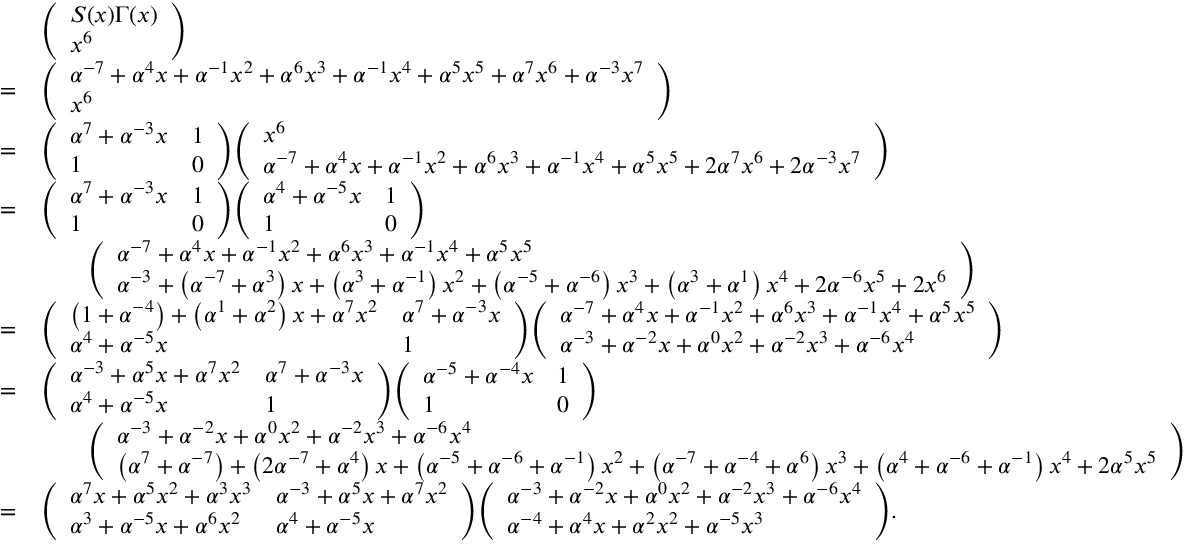
{ \begin{array} { r l } & { { \left( \begin{array} { l } { S ( x ) \Gamma ( x ) } \\ { x ^ { 6 } } \end{array} \right) } } \\ { = } & { { \left( \begin{array} { l } { \alpha ^ { - 7 } + \alpha ^ { 4 } x + \alpha ^ { - 1 } x ^ { 2 } + \alpha ^ { 6 } x ^ { 3 } + \alpha ^ { - 1 } x ^ { 4 } + \alpha ^ { 5 } x ^ { 5 } + \alpha ^ { 7 } x ^ { 6 } + \alpha ^ { - 3 } x ^ { 7 } } \\ { x ^ { 6 } } \end{array} \right) } } \\ { = } & { { \left( \begin{array} { l l } { \alpha ^ { 7 } + \alpha ^ { - 3 } x } & { 1 } \\ { 1 } & { 0 } \end{array} \right) } { \left( \begin{array} { l } { x ^ { 6 } } \\ { \alpha ^ { - 7 } + \alpha ^ { 4 } x + \alpha ^ { - 1 } x ^ { 2 } + \alpha ^ { 6 } x ^ { 3 } + \alpha ^ { - 1 } x ^ { 4 } + \alpha ^ { 5 } x ^ { 5 } + 2 \alpha ^ { 7 } x ^ { 6 } + 2 \alpha ^ { - 3 } x ^ { 7 } } \end{array} \right) } } \\ { = } & { { \left( \begin{array} { l l } { \alpha ^ { 7 } + \alpha ^ { - 3 } x } & { 1 } \\ { 1 } & { 0 } \end{array} \right) } { \left( \begin{array} { l l } { \alpha ^ { 4 } + \alpha ^ { - 5 } x } & { 1 } \\ { 1 } & { 0 } \end{array} \right) } } \\ & { \qquad { \left( \begin{array} { l } { \alpha ^ { - 7 } + \alpha ^ { 4 } x + \alpha ^ { - 1 } x ^ { 2 } + \alpha ^ { 6 } x ^ { 3 } + \alpha ^ { - 1 } x ^ { 4 } + \alpha ^ { 5 } x ^ { 5 } } \\ { \alpha ^ { - 3 } + \left( \alpha ^ { - 7 } + \alpha ^ { 3 } \right) x + \left( \alpha ^ { 3 } + \alpha ^ { - 1 } \right) x ^ { 2 } + \left( \alpha ^ { - 5 } + \alpha ^ { - 6 } \right) x ^ { 3 } + \left( \alpha ^ { 3 } + \alpha ^ { 1 } \right) x ^ { 4 } + 2 \alpha ^ { - 6 } x ^ { 5 } + 2 x ^ { 6 } } \end{array} \right) } } \\ { = } & { { \left( \begin{array} { l l } { \left( 1 + \alpha ^ { - 4 } \right) + \left( \alpha ^ { 1 } + \alpha ^ { 2 } \right) x + \alpha ^ { 7 } x ^ { 2 } } & { \alpha ^ { 7 } + \alpha ^ { - 3 } x } \\ { \alpha ^ { 4 } + \alpha ^ { - 5 } x } & { 1 } \end{array} \right) } { \left( \begin{array} { l } { \alpha ^ { - 7 } + \alpha ^ { 4 } x + \alpha ^ { - 1 } x ^ { 2 } + \alpha ^ { 6 } x ^ { 3 } + \alpha ^ { - 1 } x ^ { 4 } + \alpha ^ { 5 } x ^ { 5 } } \\ { \alpha ^ { - 3 } + \alpha ^ { - 2 } x + \alpha ^ { 0 } x ^ { 2 } + \alpha ^ { - 2 } x ^ { 3 } + \alpha ^ { - 6 } x ^ { 4 } } \end{array} \right) } } \\ { = } & { { \left( \begin{array} { l l } { \alpha ^ { - 3 } + \alpha ^ { 5 } x + \alpha ^ { 7 } x ^ { 2 } } & { \alpha ^ { 7 } + \alpha ^ { - 3 } x } \\ { \alpha ^ { 4 } + \alpha ^ { - 5 } x } & { 1 } \end{array} \right) } { \left( \begin{array} { l l } { \alpha ^ { - 5 } + \alpha ^ { - 4 } x } & { 1 } \\ { 1 } & { 0 } \end{array} \right) } } \\ & { \qquad { \left( \begin{array} { l } { \alpha ^ { - 3 } + \alpha ^ { - 2 } x + \alpha ^ { 0 } x ^ { 2 } + \alpha ^ { - 2 } x ^ { 3 } + \alpha ^ { - 6 } x ^ { 4 } } \\ { \left( \alpha ^ { 7 } + \alpha ^ { - 7 } \right) + \left( 2 \alpha ^ { - 7 } + \alpha ^ { 4 } \right) x + \left( \alpha ^ { - 5 } + \alpha ^ { - 6 } + \alpha ^ { - 1 } \right) x ^ { 2 } + \left( \alpha ^ { - 7 } + \alpha ^ { - 4 } + \alpha ^ { 6 } \right) x ^ { 3 } + \left( \alpha ^ { 4 } + \alpha ^ { - 6 } + \alpha ^ { - 1 } \right) x ^ { 4 } + 2 \alpha ^ { 5 } x ^ { 5 } } \end{array} \right) } } \\ { = } & { { \left( \begin{array} { l l } { \alpha ^ { 7 } x + \alpha ^ { 5 } x ^ { 2 } + \alpha ^ { 3 } x ^ { 3 } } & { \alpha ^ { - 3 } + \alpha ^ { 5 } x + \alpha ^ { 7 } x ^ { 2 } } \\ { \alpha ^ { 3 } + \alpha ^ { - 5 } x + \alpha ^ { 6 } x ^ { 2 } } & { \alpha ^ { 4 } + \alpha ^ { - 5 } x } \end{array} \right) } { \left( \begin{array} { l } { \alpha ^ { - 3 } + \alpha ^ { - 2 } x + \alpha ^ { 0 } x ^ { 2 } + \alpha ^ { - 2 } x ^ { 3 } + \alpha ^ { - 6 } x ^ { 4 } } \\ { \alpha ^ { - 4 } + \alpha ^ { 4 } x + \alpha ^ { 2 } x ^ { 2 } + \alpha ^ { - 5 } x ^ { 3 } } \end{array} \right) } . } \end{array} }